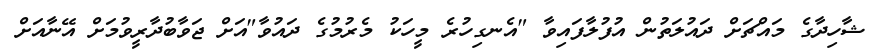
ޝާހިދާގެ މައްޗަށް ދައުލަތުން އުފުލާފައިވާ "އެނގިހުރެ މީހަކު މެރުމުގެ ދައުވާ"އަށް ޖަވާބުދާރީވުމަށް އޭނާއަށް